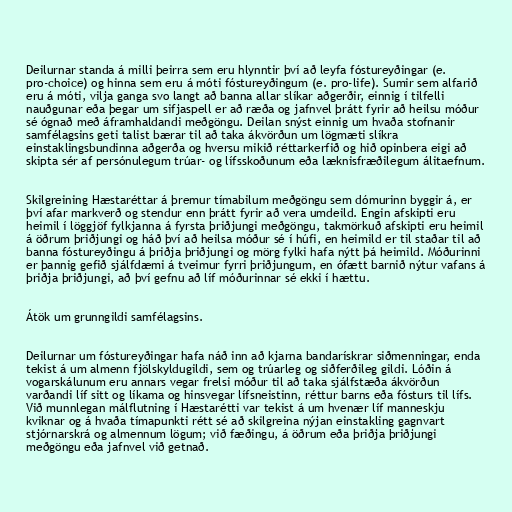
Deilurnar standa á milli þeirra sem eru hlynntir því að leyfa fóstureyðingar (e.
pro-choice) og hinna sem eru á móti fóstureyðingum (e. pro-life). Sumir sem alfarið
eru á móti, vilja ganga svo langt að banna allar slíkar aðgerðir, einnig í tilfelli
nauðgunar eða þegar um sifjaspell er að ræða og jafnvel þrátt fyrir að heilsu móður
sé ógnað með áframhaldandi meðgöngu. Deilan snýst einnig um hvaða stofnanir
samfélagsins geti talist bærar til að taka ákvörðun um lögmæti slíkra
einstaklingsbundinna aðgerða og hversu mikið réttarkerfið og hið opinbera eigi að
skipta sér af persónulegum trúar- og lífsskoðunum eða læknisfræðilegum álitaefnum.

Skilgreining Hæstaréttar á þremur tímabilum meðgöngu sem dómurinn byggir á, er
því afar markverð og stendur enn þrátt fyrir að vera umdeild. Engin afskipti eru
heimil í löggjöf fylkjanna á fyrsta þriðjungi meðgöngu, takmörkuð afskipti eru heimil
á öðrum þriðjungi og háð því að heilsa móður sé í húfi, en heimild er til staðar til að
banna fóstureyðingu á þriðja þriðjungi og mörg fylki hafa nýtt þá heimild. Móðurinni
er þannig gefið sjálfdæmi á tveimur fyrri þriðjungum, en ófætt barnið nýtur vafans á
þriðja þriðjungi, að því gefnu að líf móðurinnar sé ekki í hættu.

Átök um grunngildi samfélagsins.

Deilurnar um fóstureyðingar hafa náð inn að kjarna bandarískrar siðmenningar, enda
tekist á um almenn fjölskyldugildi, sem og trúarleg og siðferðileg gildi. Lóðin á
vogarskálunum eru annars vegar frelsi móður til að taka sjálfstæða ákvörðun
varðandi líf sitt og líkama og hinsvegar lífsneistinn, réttur barns eða fósturs til lífs.
Við munnlegan málflutning í Hæstarétti var tekist á um hvenær líf manneskju
kviknar og á hvaða tímapunkti rétt sé að skilgreina nýjan einstakling gagnvart
stjórnarskrá og almennum lögum; við fæðingu, á öðrum eða þriðja þriðjungi
meðgöngu eða jafnvel við getnað.